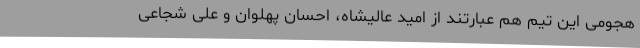
هجومی این تیم هم عبارتند از امید عالیشاه، احسان پهلوان و علی شجاعی